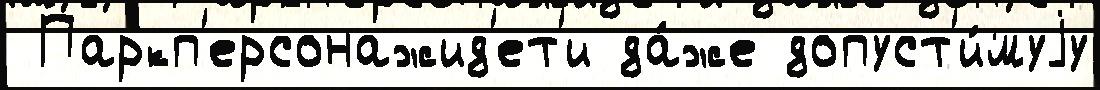
 Паркп'ерсонажид'ет'и да́же допуст'и́муjу